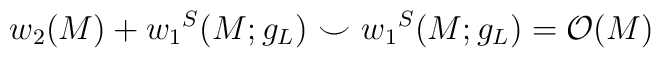
w_{2}(M) + {w_{1}}^S(M;g_{L})~{\smile}~{w_{1}}^S(M;g_{L}) = {\cal O}(M)